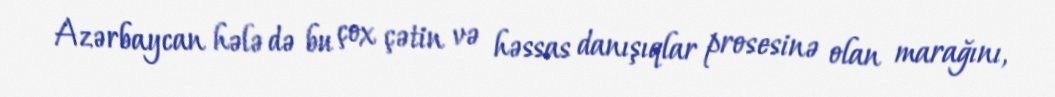
Azərbaycan hələ də bu çox çətin və həssas danışıqlar prosesinə olan marağını,